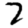
Digit: 7